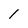
Character: 1